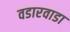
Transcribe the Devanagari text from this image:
वडारवाडा